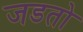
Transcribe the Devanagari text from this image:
जडतो